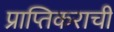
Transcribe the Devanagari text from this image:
प्राप्तिकराची